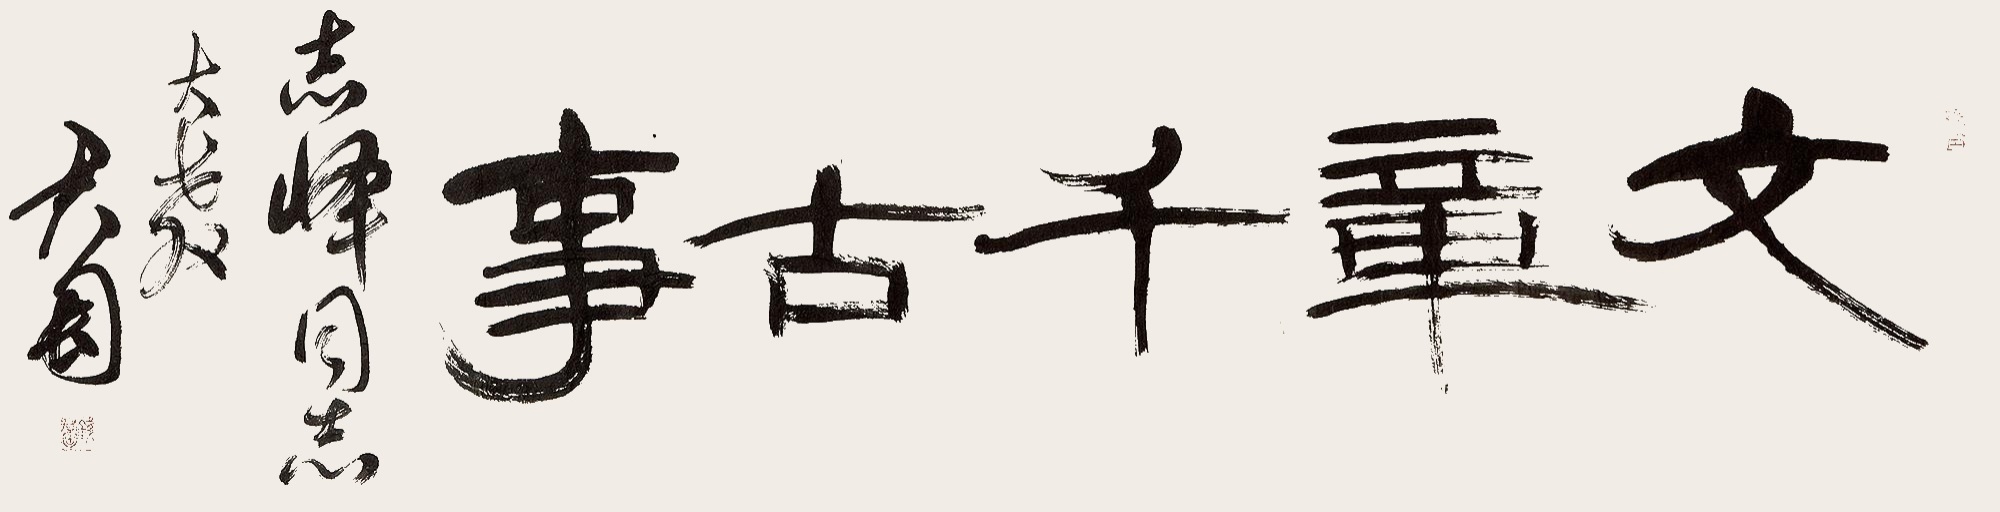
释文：文章千古事。志峰同志大教，君匋。